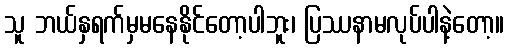
သူ ဘယ်နှရက်မှမနေနိုင်တော့ပါဘူး၊ ပြဿနာမလုပ်ပါနဲ့တော့။